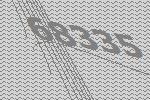
68335